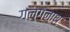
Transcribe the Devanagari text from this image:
गल्गनाथ